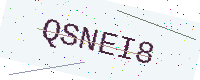
Text: QSNEI8